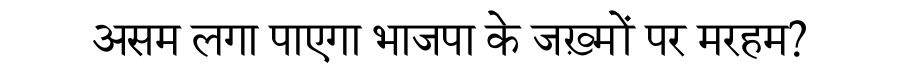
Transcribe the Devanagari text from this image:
असम लगा पाएगा भाजपा के जख़्मों पर मरहम?